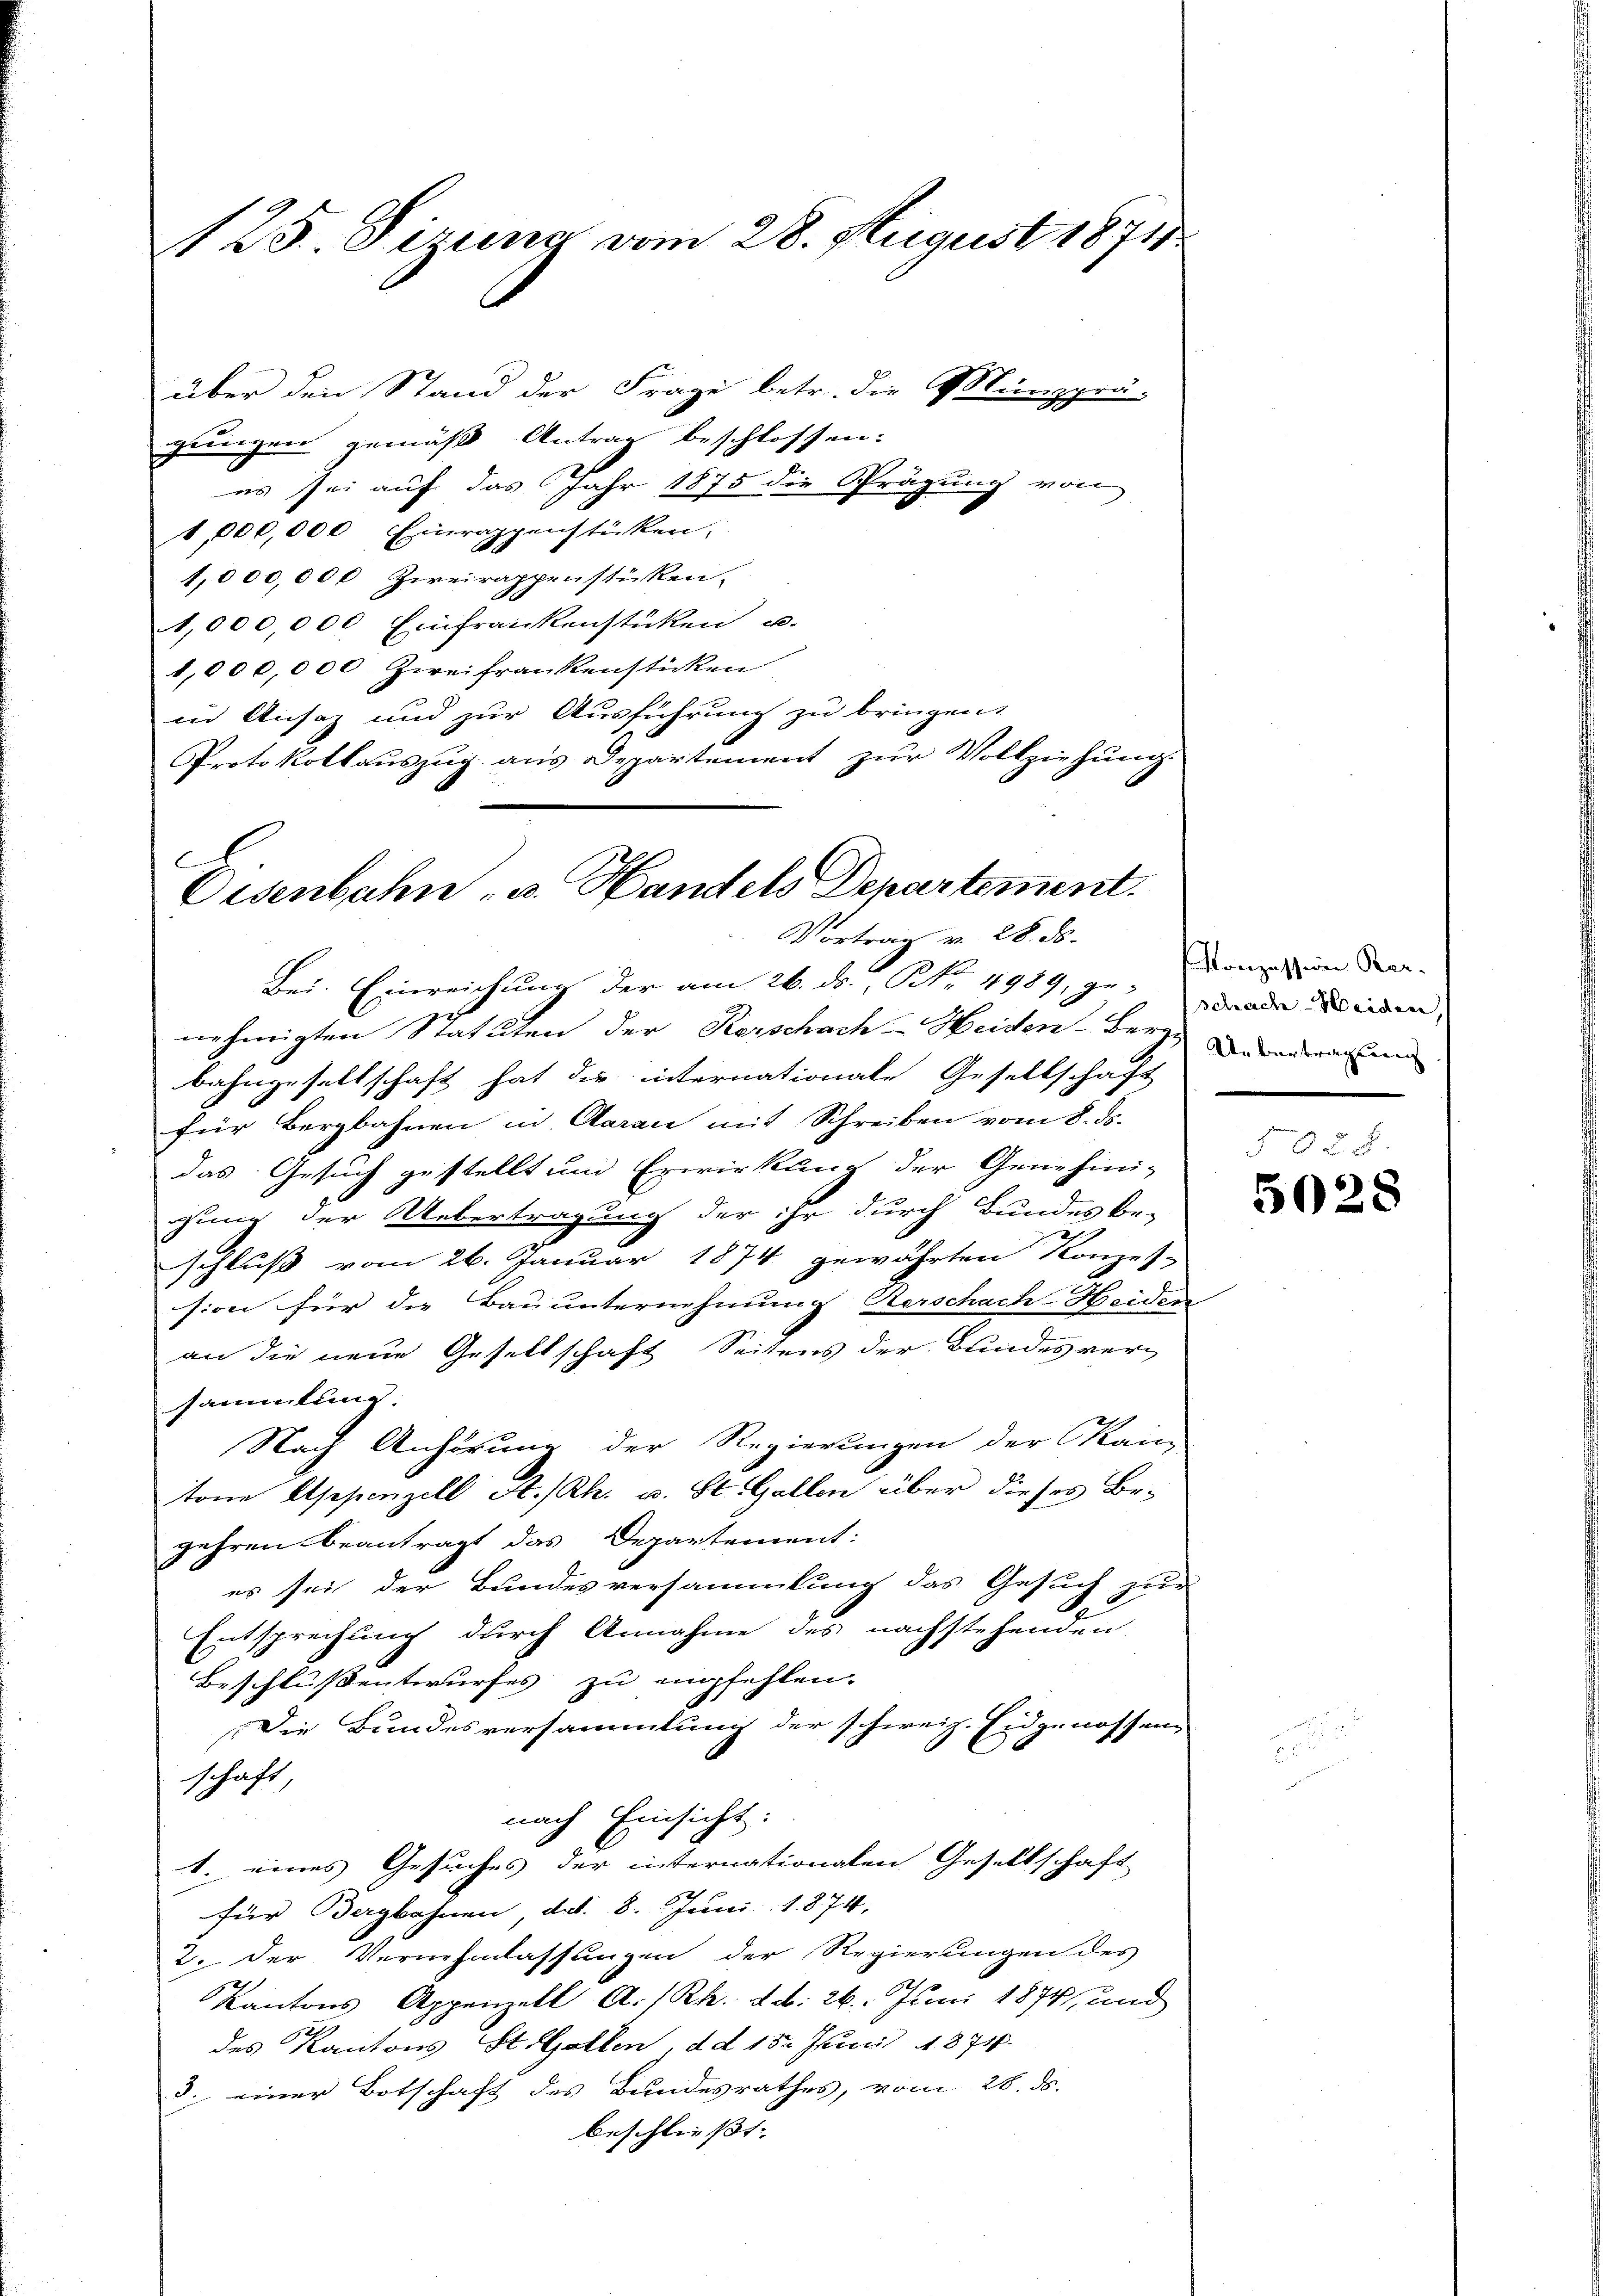
über den Stand der Frage betr. die Münzprä-
gungen gemäß Antrag beschlossen:
es sei auf das Jahr 1875 die Prägung von
1,000,000 Einrappenstücken,
1,000,000 Zweirappenstücken.
1,000,000 Einfrankenstücken u.
1,000,000. Zweifrankensticken
in Ansaz und zur Ausführung zu bringen.
Protokollaŭszŭg ans Departement zŭr Vollziehung.

125. Sizung vom 28. August 1871

C
Eisenbahn, u. Handels Departement.
Vortrag v. 28. ds.

Bei. Einreichung der am 26. ds., N. Nr. 4989, gewende Wieden,
nehmigten Statuten der Kerschach-Heiden-Bergebenrechen
bahngesellschaft hat die internationale Gesellschaft
für Bergbahnen in Aarau mit Schreiben vom 8. ds.
das Gesuch gestellt und Erwirkung der Genehmi-
gung der Uebertragung der ihr durch Bundes be-
schluß vom 26. Januar 1874 gewährten Konzes-
sion für die Bauunternehmung Herschach-Heiden
an die neue Gesellschaft Seitens der Bundesversammlung.
Nach Anhörung der Regierungen der Kain
tone Appenzell A.-Rh. u. St. Gallen über dieses Be-
gehren beantragt das Departement:
es sei der Bundesversammlung das Gesuch zur
Entsprechung durch Annahme des nachstehenden
Beschlussentwurfes zu empfehlen.
Die Bundesversammlung der schweiz. Eidgenossen
schaft
nach Einsicht.
1. eines Gesuches der internationalen Gesellschaft
für Bergbahnen, dat. 8. Juni 1874.
2. Der Vernehmlassungen der Regierungen des
Kantons Appenzell A.-Rh. d. d. 26. Juni 1874, und
des Kantons St. Gallen dd 15. Juni 1874.
3. einer Botschaft des Bundesrathes, vom 28. ds.
beschliesst. |

Konzession Ber

5028